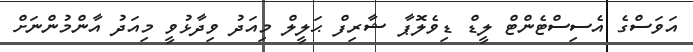
އަވަސްގެ އެސިސްޓެންޓް ލީޑް ޑިވެލޮޕާ ޝާރިފް ޙަލީލް މިއަދު ވިދާޅުވީ މިއަދު އާންމުންނަށް